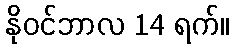
နိုဝင်ဘာလ 14 ရက်။